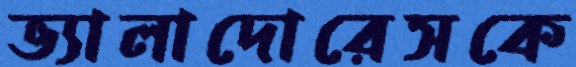
ভ্যালাদোরেসকে